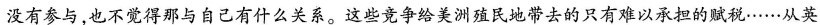
没有参与，也不觉得那与自己有什么关系。这些竞争给美洲殖民地带去的只有难以承担的赋税……从英